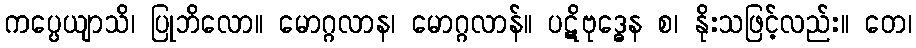
ကပ္ပေယျာသိ၊ ပြုဘိလော။ မောဂ္ဂလာန၊ မောဂ္ဂလာန်။ ပဋိဗုဒ္ဓေန စ၊ နိုးသဖြင့်လည်း။ တေ၊